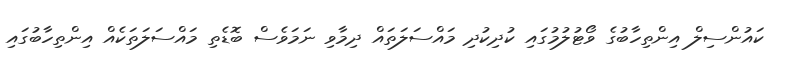
ކައުންސިލް އިންތިހާބުގެ ވޯޓުލުމުގައި ކުދިކުދި މައްސަލަތައް ދިމާވި ނަމަވެސް ބޮޑެތި މައްސަލަތަކެއް އިންތިހާބުގައި